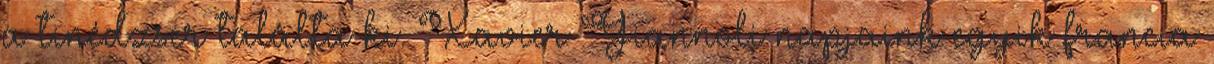
a tinédzser találta ki. Xavier Giannoli napjaink egyik francia